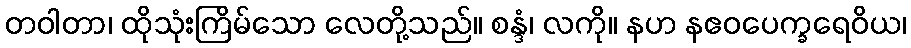
တဝါတာ၊ ထိုသုံးကြိမ်သော လေတို့သည်။ စန္ဒံ၊ လကို။ နဟ နဧဝပေက္ခရေဝိယ၊